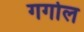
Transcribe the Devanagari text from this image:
गगोल